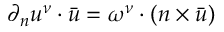
\partial _ { n } u ^ { \nu } \cdot \bar { u } = \omega ^ { \nu } \cdot ( n \times \bar { u } )